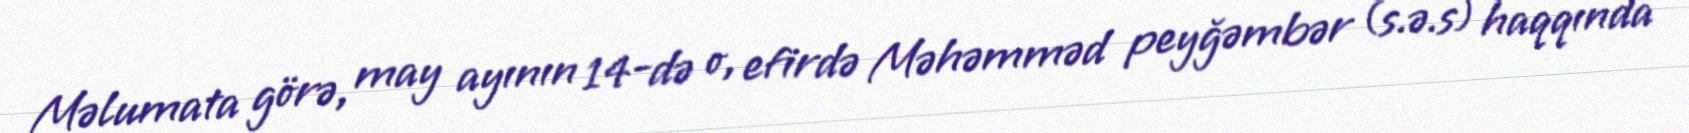
Məlumata görə, may ayının 14-də o, efirdə Məhəmməd peyğəmbər (s.ə.s) haqqında